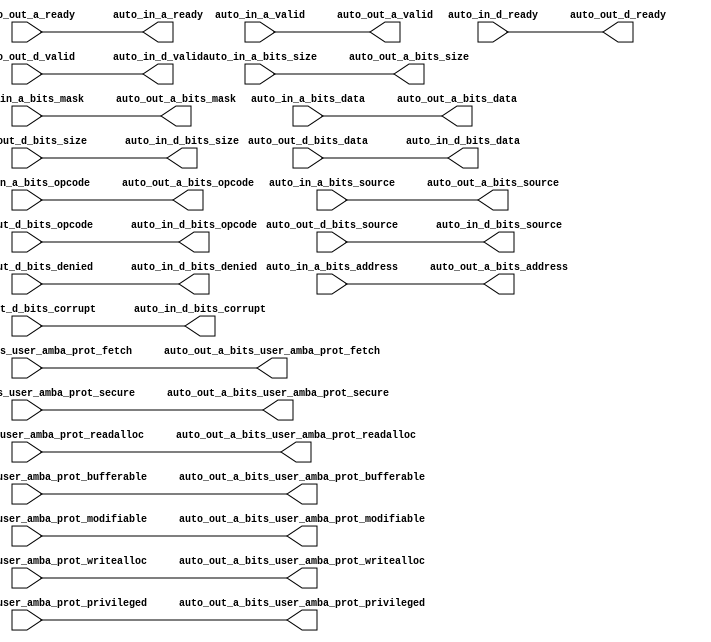
module TLFIFOFixer_4(
  output        auto_in_a_ready,
  input         auto_in_a_valid,
  input  [2:0]  auto_in_a_bits_opcode,
  input  [2:0]  auto_in_a_bits_size,
  input  [6:0]  auto_in_a_bits_source,
  input  [31:0] auto_in_a_bits_address,
  input         auto_in_a_bits_user_amba_prot_bufferable,
  input         auto_in_a_bits_user_amba_prot_modifiable,
  input         auto_in_a_bits_user_amba_prot_readalloc,
  input         auto_in_a_bits_user_amba_prot_writealloc,
  input         auto_in_a_bits_user_amba_prot_privileged,
  input         auto_in_a_bits_user_amba_prot_secure,
  input         auto_in_a_bits_user_amba_prot_fetch,
  input  [7:0]  auto_in_a_bits_mask,
  input  [63:0] auto_in_a_bits_data,
  input         auto_in_d_ready,
  output        auto_in_d_valid,
  output [2:0]  auto_in_d_bits_opcode,
  output [2:0]  auto_in_d_bits_size,
  output [6:0]  auto_in_d_bits_source,
  output        auto_in_d_bits_denied,
  output [63:0] auto_in_d_bits_data,
  output        auto_in_d_bits_corrupt,
  input         auto_out_a_ready,
  output        auto_out_a_valid,
  output [2:0]  auto_out_a_bits_opcode,
  output [2:0]  auto_out_a_bits_size,
  output [6:0]  auto_out_a_bits_source,
  output [31:0] auto_out_a_bits_address,
  output        auto_out_a_bits_user_amba_prot_bufferable,
  output        auto_out_a_bits_user_amba_prot_modifiable,
  output        auto_out_a_bits_user_amba_prot_readalloc,
  output        auto_out_a_bits_user_amba_prot_writealloc,
  output        auto_out_a_bits_user_amba_prot_privileged,
  output        auto_out_a_bits_user_amba_prot_secure,
  output        auto_out_a_bits_user_amba_prot_fetch,
  output [7:0]  auto_out_a_bits_mask,
  output [63:0] auto_out_a_bits_data,
  output        auto_out_d_ready,
  input         auto_out_d_valid,
  input  [2:0]  auto_out_d_bits_opcode,
  input  [2:0]  auto_out_d_bits_size,
  input  [6:0]  auto_out_d_bits_source,
  input         auto_out_d_bits_denied,
  input  [63:0] auto_out_d_bits_data,
  input         auto_out_d_bits_corrupt
);
  assign auto_in_a_ready = auto_out_a_ready; // @[FIFOFixer.scala 90:33]
  assign auto_in_d_valid = auto_out_d_valid; // @[Nodes.scala 1213:84 LazyModule.scala 314:12]
  assign auto_in_d_bits_opcode = auto_out_d_bits_opcode; // @[Nodes.scala 1213:84 LazyModule.scala 314:12]
  assign auto_in_d_bits_size = auto_out_d_bits_size; // @[Nodes.scala 1213:84 LazyModule.scala 314:12]
  assign auto_in_d_bits_source = auto_out_d_bits_source; // @[Nodes.scala 1213:84 LazyModule.scala 314:12]
  assign auto_in_d_bits_denied = auto_out_d_bits_denied; // @[Nodes.scala 1213:84 LazyModule.scala 314:12]
  assign auto_in_d_bits_data = auto_out_d_bits_data; // @[Nodes.scala 1213:84 LazyModule.scala 314:12]
  assign auto_in_d_bits_corrupt = auto_out_d_bits_corrupt; // @[Nodes.scala 1213:84 LazyModule.scala 314:12]
  assign auto_out_a_valid = auto_in_a_valid; // @[FIFOFixer.scala 89:33]
  assign auto_out_a_bits_opcode = auto_in_a_bits_opcode; // @[Nodes.scala 1216:84 LazyModule.scala 312:16]
  assign auto_out_a_bits_size = auto_in_a_bits_size; // @[Nodes.scala 1216:84 LazyModule.scala 312:16]
  assign auto_out_a_bits_source = auto_in_a_bits_source; // @[Nodes.scala 1216:84 LazyModule.scala 312:16]
  assign auto_out_a_bits_address = auto_in_a_bits_address; // @[Nodes.scala 1216:84 LazyModule.scala 312:16]
  assign auto_out_a_bits_user_amba_prot_bufferable = auto_in_a_bits_user_amba_prot_bufferable; // @[Nodes.scala 1216:84 LazyModule.scala 312:16]
  assign auto_out_a_bits_user_amba_prot_modifiable = auto_in_a_bits_user_amba_prot_modifiable; // @[Nodes.scala 1216:84 LazyModule.scala 312:16]
  assign auto_out_a_bits_user_amba_prot_readalloc = auto_in_a_bits_user_amba_prot_readalloc; // @[Nodes.scala 1216:84 LazyModule.scala 312:16]
  assign auto_out_a_bits_user_amba_prot_writealloc = auto_in_a_bits_user_amba_prot_writealloc; // @[Nodes.scala 1216:84 LazyModule.scala 312:16]
  assign auto_out_a_bits_user_amba_prot_privileged = auto_in_a_bits_user_amba_prot_privileged; // @[Nodes.scala 1216:84 LazyModule.scala 312:16]
  assign auto_out_a_bits_user_amba_prot_secure = auto_in_a_bits_user_amba_prot_secure; // @[Nodes.scala 1216:84 LazyModule.scala 312:16]
  assign auto_out_a_bits_user_amba_prot_fetch = auto_in_a_bits_user_amba_prot_fetch; // @[Nodes.scala 1216:84 LazyModule.scala 312:16]
  assign auto_out_a_bits_mask = auto_in_a_bits_mask; // @[Nodes.scala 1216:84 LazyModule.scala 312:16]
  assign auto_out_a_bits_data = auto_in_a_bits_data; // @[Nodes.scala 1216:84 LazyModule.scala 312:16]
  assign auto_out_d_ready = auto_in_d_ready; // @[Nodes.scala 1216:84 LazyModule.scala 312:16]
endmodule